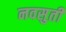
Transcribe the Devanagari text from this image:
नवसुती